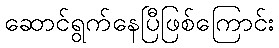
ဆောင်ရွက်နေပြီဖြစ်ကြောင်း